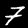
Label: 7